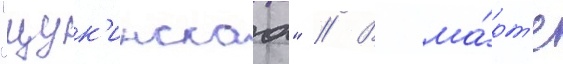
"щук'инскаа" // В ма́рт'е